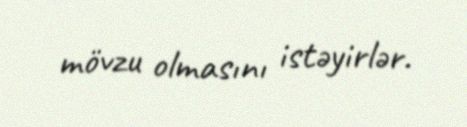
mövzu olmasını istəyirlər.